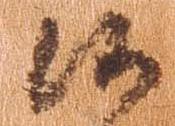
候